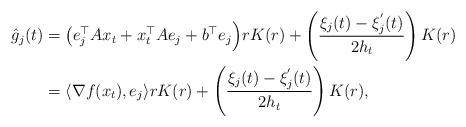
LaTeX: \begin{align*} \hat{g}_{j}(t) &= \big(e_{j}^{\top}Ax_t + x_{t}^{\top}Ae_{j} + b^{\top}e_{j}\Big)rK(r) + \left(\frac{\xi_{j}(t) - \xi^{'}_{j}(t)}{2h_{t}}\right)K(r)\\&= \langle \nabla f(x_t),e_{j}\rangle rK(r) + \left(\frac{\xi_{j}(t) - \xi^{'}_{j}(t)}{2h_{t}}\right)K(r),\end{align*}